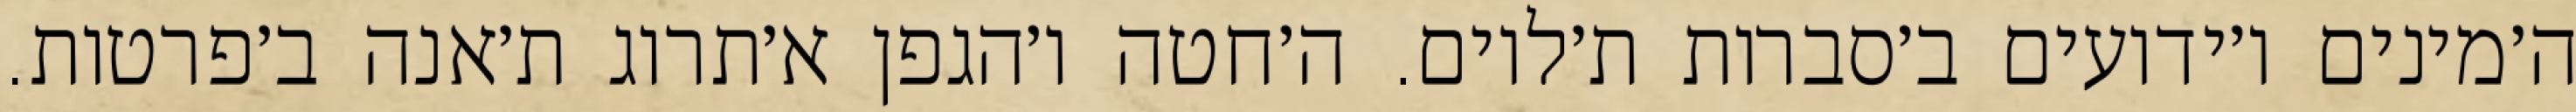
ה׳מינים ו׳ידועים ב׳סברות ת׳לוים. ה׳חטה ו׳הגפן א׳תרוג ת׳אנה ב׳פרטות.